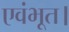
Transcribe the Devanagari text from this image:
एवंभूत।